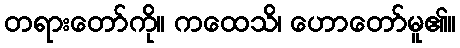
တရားတော်ကို။ ကထေသိ၊ ဟောတော်မူ၏။